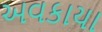
અવકાયા